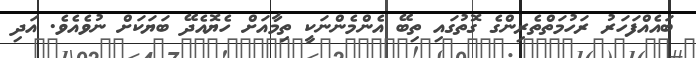
ބައެއްފަހަރު ރަހުމަތްތެރިންގެ ގޮތުގައި ތިބޭ އެންމެންނަކީ ތިމާއަށް ހެޔޮއެދޭ ބަޔަކަށް ނުވެއެވެ. އަދި